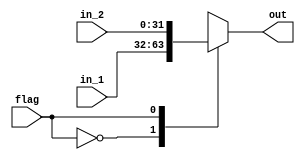
module mux_2(in_1, in_2, out, flag);
	
	input [31:0] in_1, in_2;
	input flag;  
	
	output reg [31:0] out;
	
	always @ (*)
	begin
		case(flag)
			0: out = in_1;
			1: out = in_2;
		endcase
	end
	
endmodule